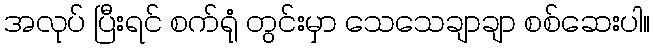
အလုပ် ပြီးရင် စက်ရုံ တွင်းမှာ သေသေချာချာ စစ်ဆေးပါ။